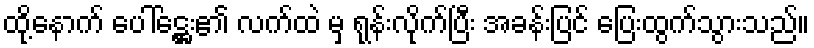
ထို့နောက် ပေါ်ဋ္ဌေး၏ လက်ထဲ မှ ရုန်းလိုက်ပြီး အခန်းပြင် ပြေးထွက်သွားသည်။